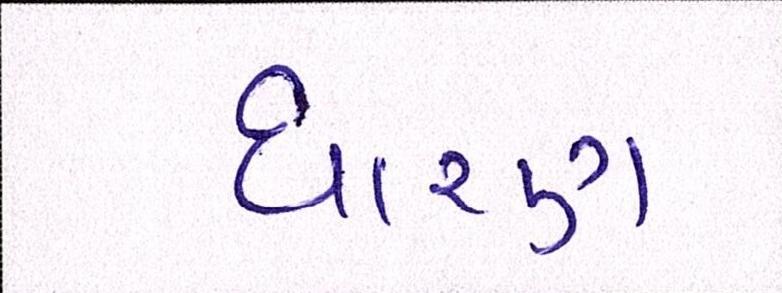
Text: ધારણ